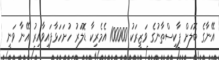
އޭނާގެ ބޮލަށް ޕާކިސްތާނުގެ ވަޒީރަކު 100000 އެމެރިކާ ޑޮލަރު ހުށަހަޅާފައިވާއިރު އޭނާ ވަނީ